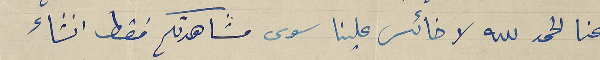
عنا الحمد لله لا خائس علينا سوى مشاهدتكم فقط انشاء